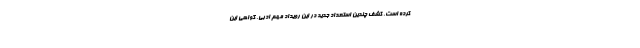
کرده است. کشف چندین استعداد جدید در این رویداد مهم ادبی، گواهی این